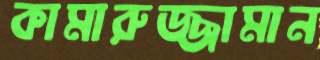
কামারুজ্জামান